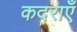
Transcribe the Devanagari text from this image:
कदराएँ